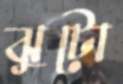
ঝুটো